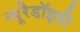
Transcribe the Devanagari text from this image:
न्यूरैडॉइडी